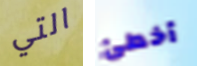
التي أخطئ